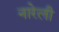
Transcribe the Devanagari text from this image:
नारेली